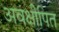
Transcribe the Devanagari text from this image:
अवक्षीपित